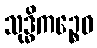
သုဒ္ဓိကဉ္စေဝ